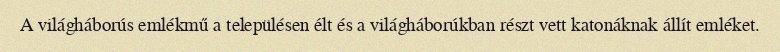
A világháborús emlékmű a településen élt és a világháborúkban részt vett katonáknak állít emléket.